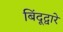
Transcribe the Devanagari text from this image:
बिंदूद्वारे